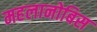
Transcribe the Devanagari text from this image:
महलानोबिस